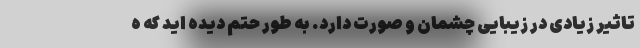
تاثیر زیادی در زیبایی چشمان و صورت دارد. به طور حتم دیده اید که ه